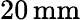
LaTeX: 20\, \mathrm{mm}